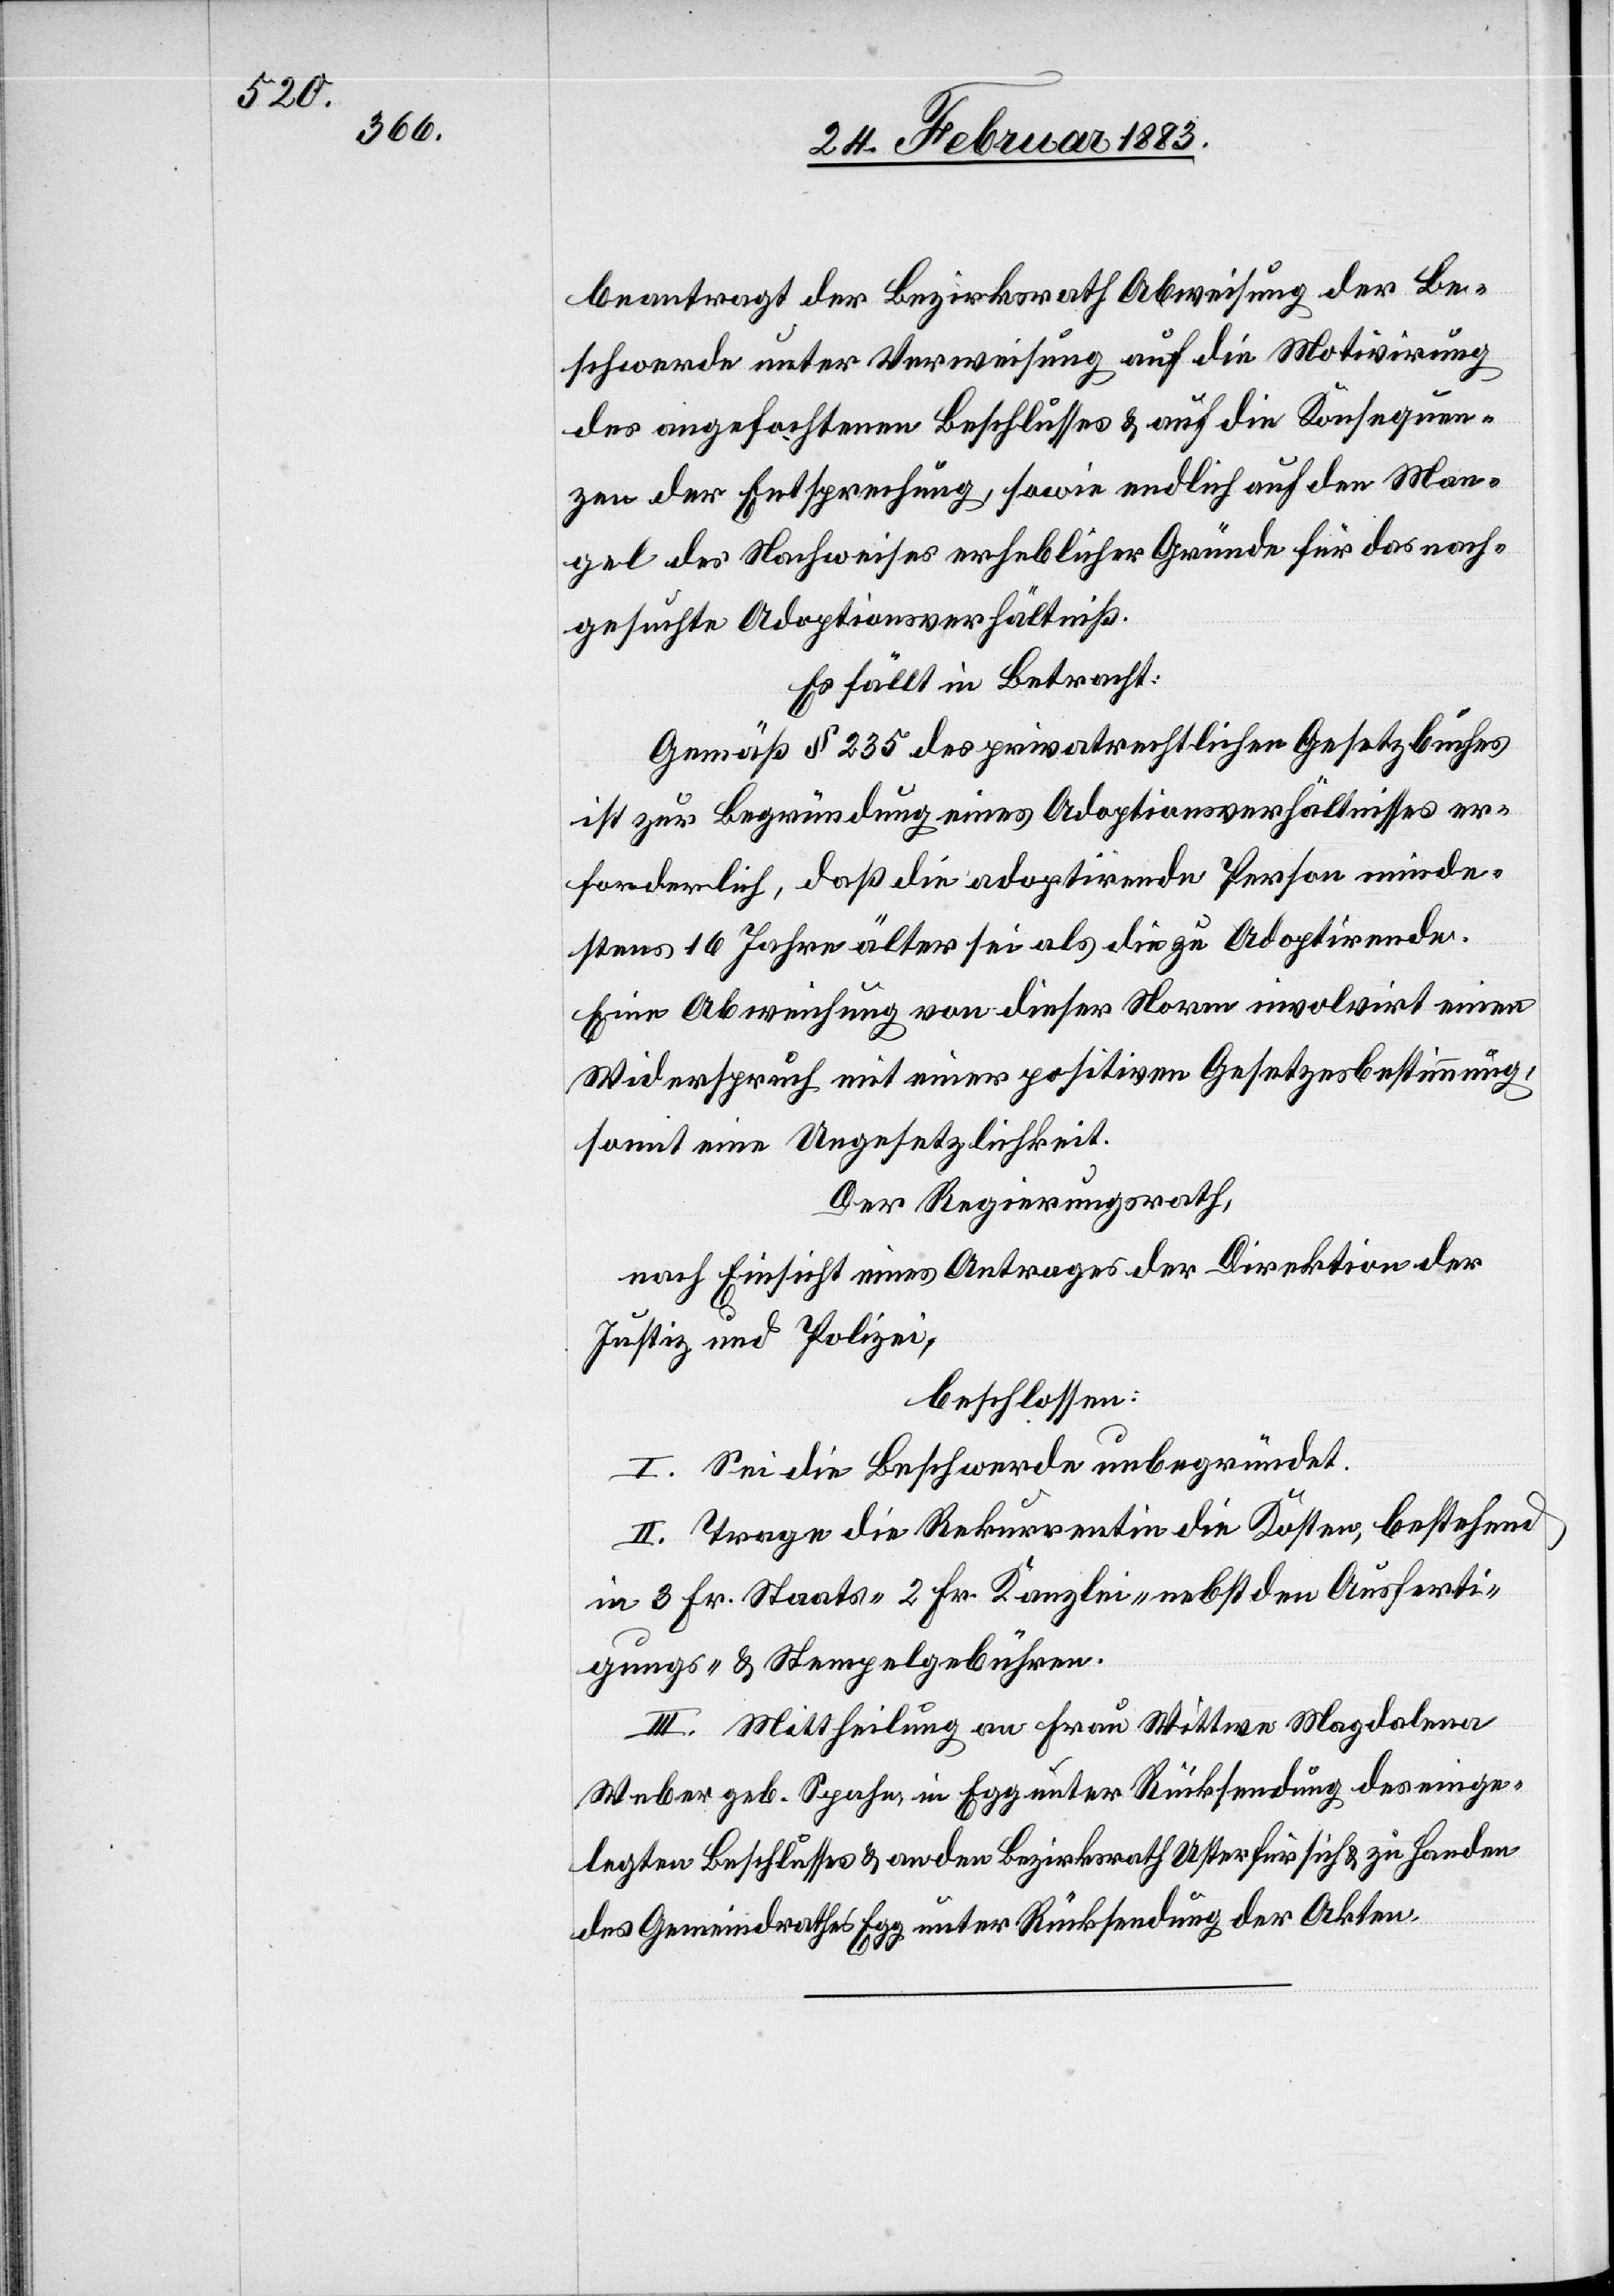
beantragt der Bezirksrath Abweisung der Be¬
schwerde unter Verweisung auf die Motivirung
des angefochtenen Beschlusses & auf die Konsequen¬
zen der Entsprechung, sowie endlich auf den Man¬
gel des Nachweises erheblicher Gründe für das nach¬
gesuchte Adoptionsverhältniß.
Es fällt in Betracht:
Gemäß § 235 des privatrechtlichen Gesetzbuches
ist zur Begründung eines Adoptionsverhältnisses er¬
forderlich, daß die adoptirende Person minde¬
stens 16 Jahre älter sei als die zu Adoptirende.
Eine Abweichung von dieser Norm involvirt einen
Widerspruch mit einer positiven Gesetzesbestimmung,
somit eine Ungesetzlichkeit.
Der Regierungsrath,
nach Einsicht eines Antrages der Direktion der
Justiz & Polizei,
beschlossen
I. Sei die Beschwerde unbegründet.
II. Trage die Rekurrentin die Kosten, bestehend
in 3 Fr. Staats- 2 Fr. Kanzlei- nebst den Ausferti¬
gungs- & Stempelgebühren.
III. Mittheilung an Frau Wittwe Magdalena
Weber, geb. Spahn, in Egg unter Rücksendung des einge¬
legten Beschlusses & an den Bezirksrath Uster für sich & zu Handen
des Gemeindrathes Egg unter Rücksendung der Akten.